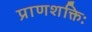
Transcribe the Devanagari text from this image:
प्राणशक्तिः